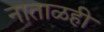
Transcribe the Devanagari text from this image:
नाताळही